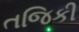
તજિકી